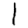
Digit: 1